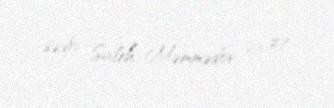
sədri Saleh Məmmədov 23 27.